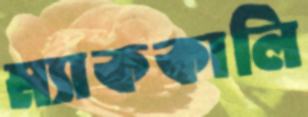
ম্যাককালি